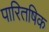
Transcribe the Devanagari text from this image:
पारितषिक